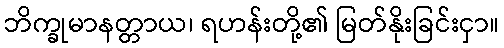
ဘိက္ခုမာနတ္တာယ၊ ရဟန်းတို့၏ မြတ်နိုးခြင်းငှာ။